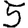
Digit: 5